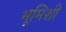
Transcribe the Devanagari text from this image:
भूमिशी